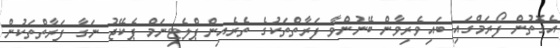
އެގޮތުން ފޯރަމްގައި ބައިވެރިވާން ބޭނުންވާ ފަރާތްތަކުގެ ތެރެއިން ޕްލެޓިނަމް ޕެކޭޖު ނަގާ ފަރާތްތަކުން